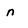
Character: n